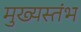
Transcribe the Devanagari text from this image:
मुख्यस्तंभ